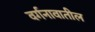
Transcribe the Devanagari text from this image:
वर्गनावातील